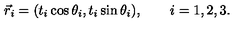
\vec { r } _ { i } = ( t _ { i } \cos \theta _ { i } , t _ { i } \sin \theta _ { i } ) , \qquad i = 1 , 2 , 3 .